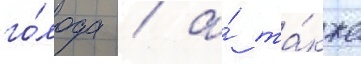
го́лода / а́ та́кже